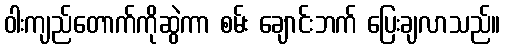
ဝါးကျည်တောက်ကိုဆွဲကာ စမ်း ချောင်းဘက် ပြေးချလာသည်။